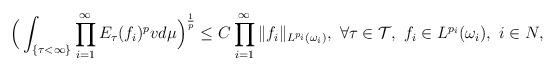
LaTeX: \begin{align*}\Big(\int_{\{\tau<\infty\}} \prod\limits_{i=1}^{\infty}E_{\tau}(f_i)^pvd\mu\Big)^{\frac{1}{p}} \leq C\prod\limits_{i=1}^{\infty}\|f_i\|_{L^{p_i}(\omega_i)}, ~\forall \tau\in\mathcal{T},~ f_i\in L^{p_i}(\omega_i),~i\in N,\end{align*}